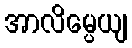
အာလိမ္ပေယျ